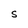
Character: S